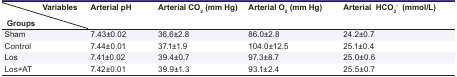
<table><thead><tr><td><b>Variables Groups</b></td><td><b>Arterial pH</b></td><td><b>Arterial CO<sub>2</sub> (mm Hg)</b></td><td><b>Arterial O<sub>2</sub> (mm Hg)</b></td><td><b>ArterialHCO<sub>3</sub><sup>-</sup>(mmol/L)</b></td></tr></thead><tbody><tr><td> Sham </td><td> 7.43±0.02 </td><td> 36.6±2.8 </td><td> 86.0±2.8 </td><td> 24.2±0.7 </td></tr><tr><td> Control </td><td> 7.44±0.01 </td><td> 37.1±1.9 </td><td> 104.0±12.5 </td><td> 25.1±0.4 </td></tr><tr><td> Los </td><td> 7.41±0.02 </td><td> 39.4±0.7 </td><td> 97.3±8.7 </td><td> 25.0±0.6 </td></tr><tr><td> Los+AT </td><td> 7.42±0.01 </td><td> 39.9±1.3 </td><td> 93.1±2.4 </td><td> 25.5±0.7 </td></tr></tbody></table>